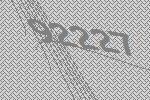
92227